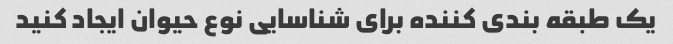
یک طبقه بندی کننده برای شناسایی نوع حیوان ایجاد کنید